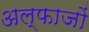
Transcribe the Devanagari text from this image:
अल्फाजों